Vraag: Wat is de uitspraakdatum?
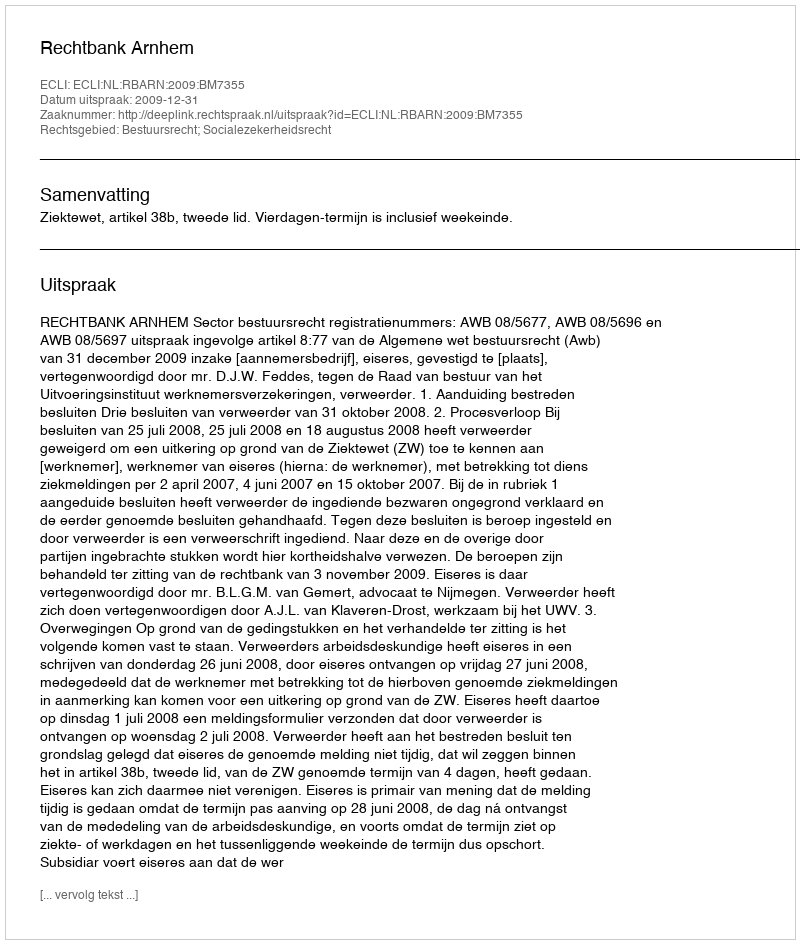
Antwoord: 2009-12-31